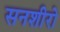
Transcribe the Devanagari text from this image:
सनशीरो